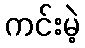
ကင်းမဲ့